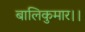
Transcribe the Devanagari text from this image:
बालिकुमार।।